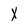
Character: X